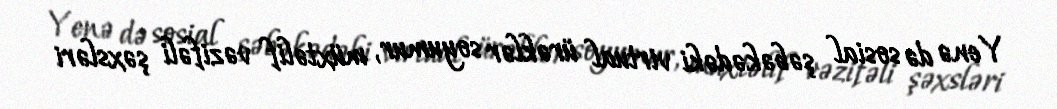
Yenə də sosial şəbəkədəki virtual ürəklər soyumur, müxtəlif vəzifəli şəxsləri